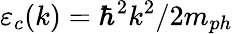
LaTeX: \varepsilon_{c}(k)=\hbar^{2}k^{2}/2m_{ph}